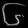
Digit: ၆